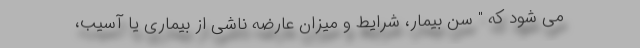
می شود که " سن بیمار، شرایط و میزان عارضه ناشی از بیماری یا آسیب،